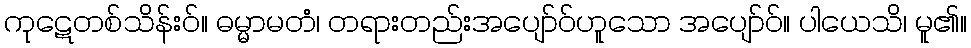
ကုဋေတစ်သိန်းဝ်။ ဓမ္မာမတံ၊ တရားတည်းအပျော်ဝ်ဟူသော အပျော်ဝ်။ ပါယေသိ၊ မူ၏။